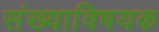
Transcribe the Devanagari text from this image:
संख्याविषयक